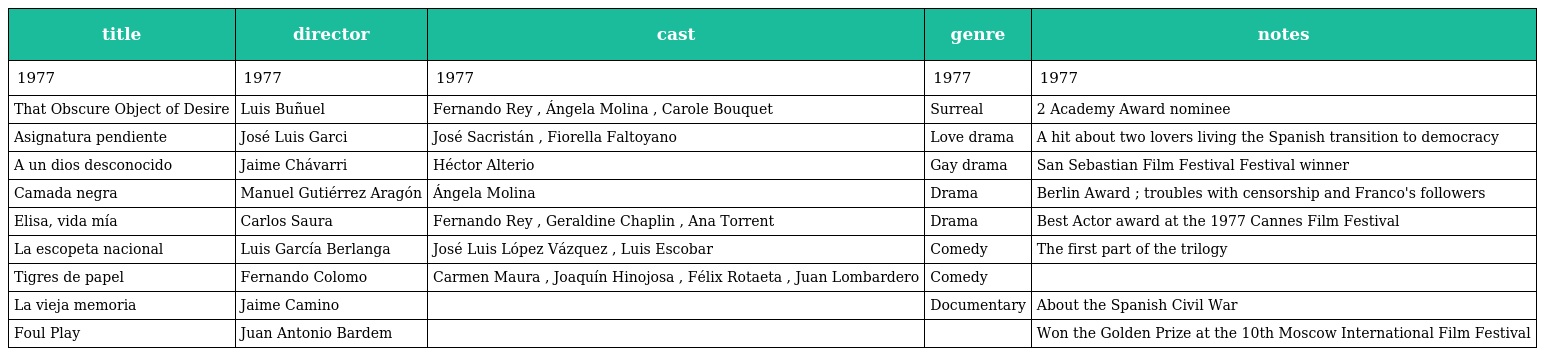
| title | director | cast | genre | notes |
 | --- | --- | --- | --- | --- |
 | 1977 | 1977 | 1977 | 1977 | 1977 |
 | That Obscure Object of Desire | Luis Buñuel | Fernando Rey , Ángela Molina , Carole Bouquet | Surreal | 2 Academy Award nominee |
 | Asignatura pendiente | José Luis Garci | José Sacristán , Fiorella Faltoyano | Love drama | A hit about two lovers living the Spanish transition to democracy |
 | A un dios desconocido | Jaime Chávarri | Héctor Alterio | Gay drama | San Sebastian Film Festival Festival winner |
 | Camada negra | Manuel Gutiérrez Aragón | Ángela Molina | Drama | Berlin Award ; troubles with censorship and Franco's followers |
 | Elisa, vida mía | Carlos Saura | Fernando Rey , Geraldine Chaplin , Ana Torrent | Drama | Best Actor award at the 1977 Cannes Film Festival |
 | La escopeta nacional | Luis García Berlanga | José Luis López Vázquez , Luis Escobar | Comedy | The first part of the trilogy |
 | Tigres de papel | Fernando Colomo | Carmen Maura , Joaquín Hinojosa , Félix Rotaeta , Juan Lombardero | Comedy |  |
 | La vieja memoria | Jaime Camino |  | Documentary | About the Spanish Civil War |
 | Foul Play | Juan Antonio Bardem |  |  | Won the Golden Prize at the 10th Moscow International Film Festival |